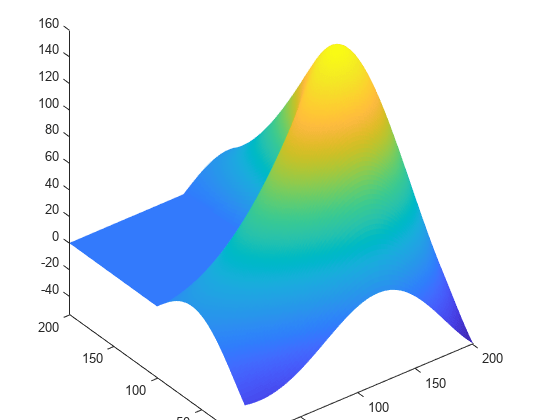
matlab, surface